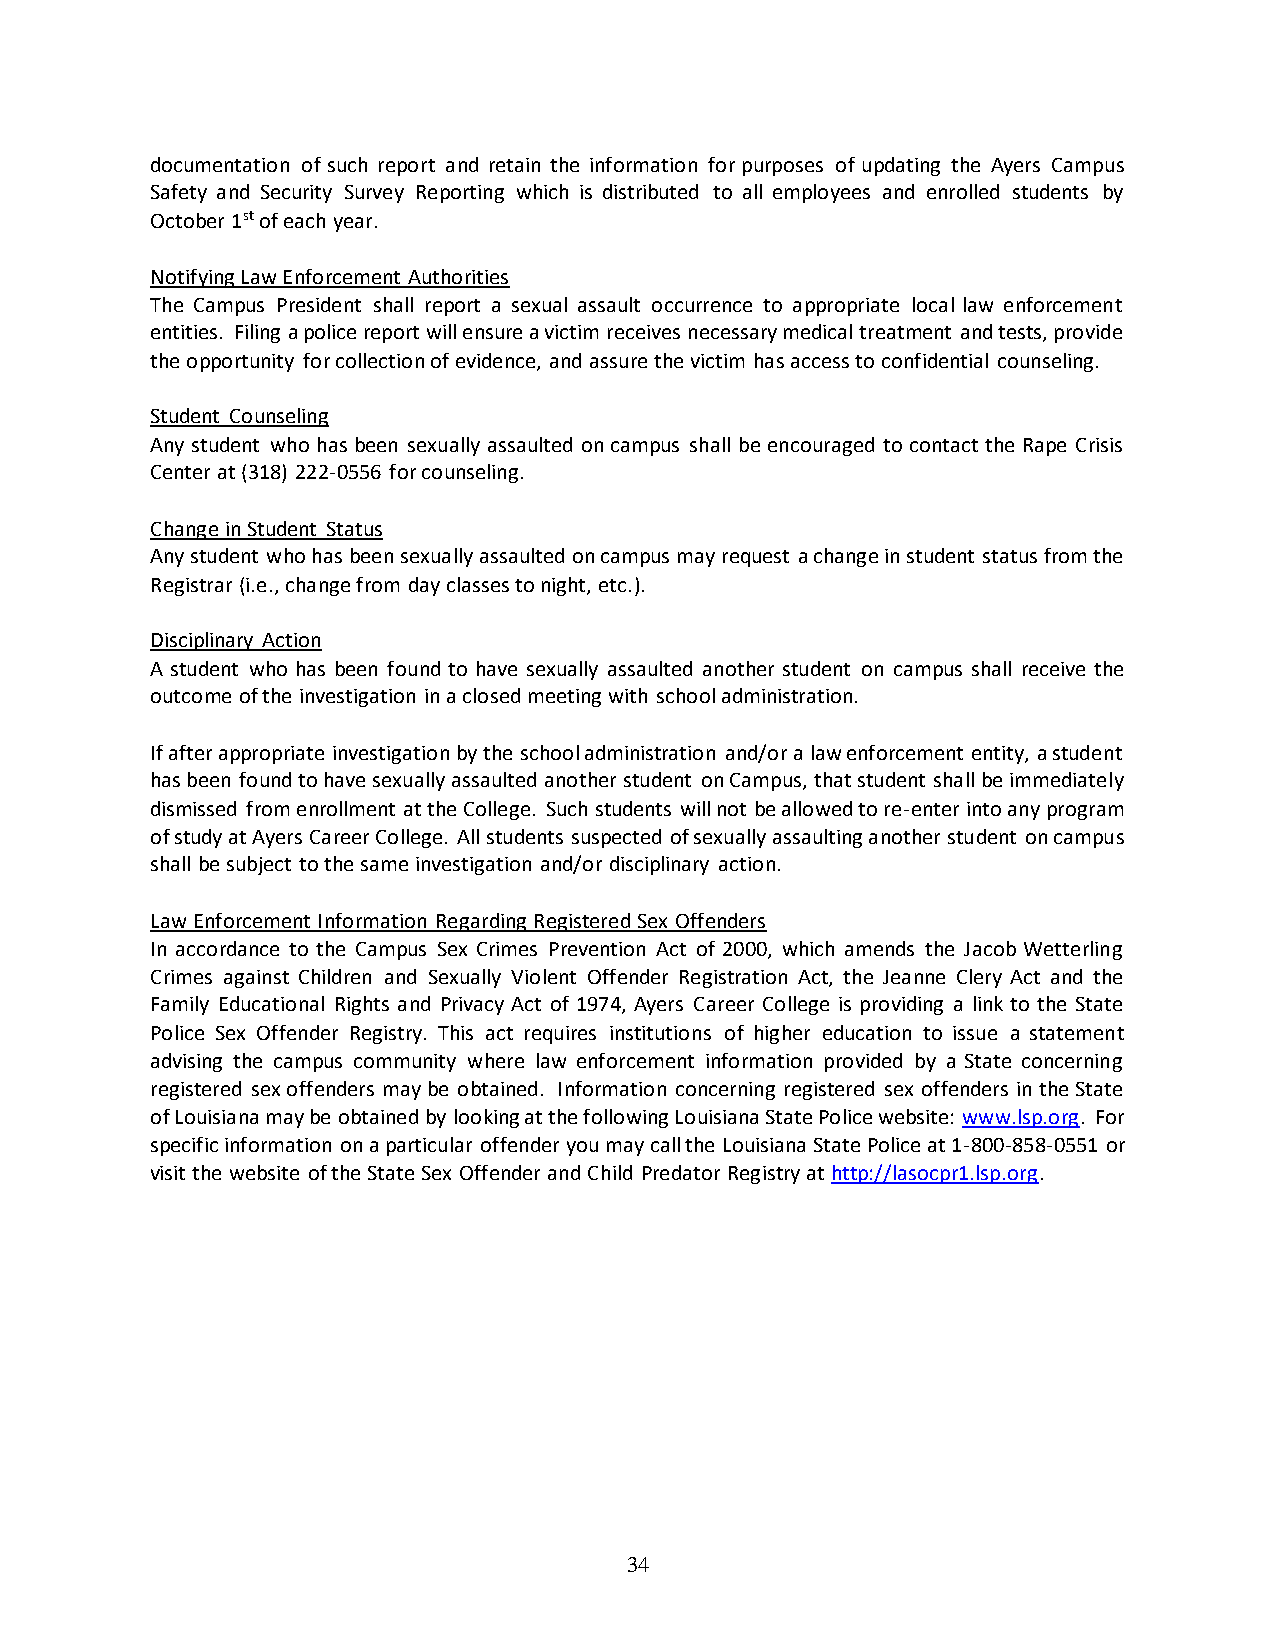
documentation of such report and retain the information for purposes of updating the Ayers Campus
 Safety and Security Survey Reporting which is distributed to all employees and enrolled students by
 October 1st of each year.
 Notifying Law Enforcement Authorities
 The Campus President shall report a sexual assault occurrence to appropriate local law enforcement
 entities. Filing a police report will ensure a victim receives necessary medical treatment and tests, provide
 the opportunity for collection of evidence, and assure the victim has access to confidential counseling.
 Student Counseling
 Any student who has been sexually assaulted on campus shall be encouraged to contact the Rape Crisis
 Center at (318) 222-0556 for counseling.
 Change in Student Status
 Any student who has been sexually assaulted on campus may request a change in student status from the
 Registrar (i.e., change from day classes to night, etc.).
 Disciplinary Action
 A student who has been found to have sexually assaulted another student on campus shall receive the
 outcome of the investigation in a closed meeting with school administration.
 If after appropriate investigation by the school administration and/or a law enforcement entity, a student
 has been found to have sexually assaulted another student on Campus, that student shall be immediately
 dismissed from enrollment at the College. Such students will not be allowed to re-enter into any program
 of study at Ayers Career College. All students suspected of sexually assaulting another student on campus
 shall be subject to the same investigation and/or disciplinary action.
 Law Enforcement Information Regarding Registered Sex Offenders
 In accordance to the Campus Sex Crimes Prevention Act of 2000, which amends the Jacob Wetterling
 Crimes against Children and Sexually Violent Offender Registration Act, the Jeanne Clery Act and the
 Family Educational Rights and Privacy Act of 1974, Ayers Career College is providing a link to the State
 Police Sex Offender Registry. This act requires institutions of higher education to issue a statement
 advising the campus community where law enforcement information provided by a State concerning
 registered sex offenders may be obtained. Information concerning registered sex offenders in the State
 of Louisiana may be obtained by looking at the following Louisiana State Police website: www.lsp.org. For
 specific information on a particular offender you may call the Louisiana State Police at 1-800-858-0551 or
 visit the website of the State Sex Offender and Child Predator Registry at http://lasocpr1.lsp.org.
 34